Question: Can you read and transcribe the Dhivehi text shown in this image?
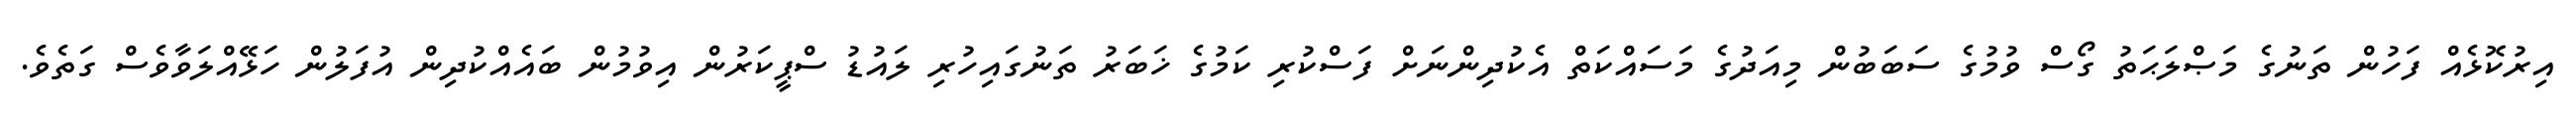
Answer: އިރުކޮޅެއް ފަހުން ތަނުގެ މަޞްލަޙަތު ގޯސް ވުމުގެ ސަބަބުން މިއަދުގެ މަސައްކަތް އެކުދިންނަށް ފަސްކުރި ކަމުގެ ޚަބަރު ތަނުގައިހުރި ލައުޑު ސްޕީކަރުން އިވުމުން ބައެއްކުދިން އުފަލުން ހަޅޭއްލަވާވެސް ގަތެވެ.